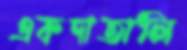
একদাতালি